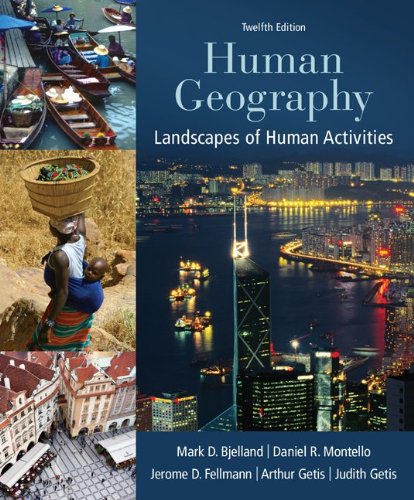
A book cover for Human Geography: Landscapes of Human Activities; Mark Bjelland; Science & Math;